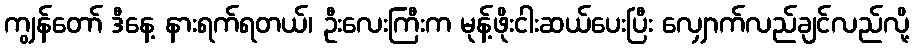
ကျွန်တော် ဒီနေ့ နားရက်ရတယ်၊ ဦးလေးကြီးက မုန့်ဖိုးငါးဆယ်ပေးပြီး လျှောက်လည်ချင်လည်လို့